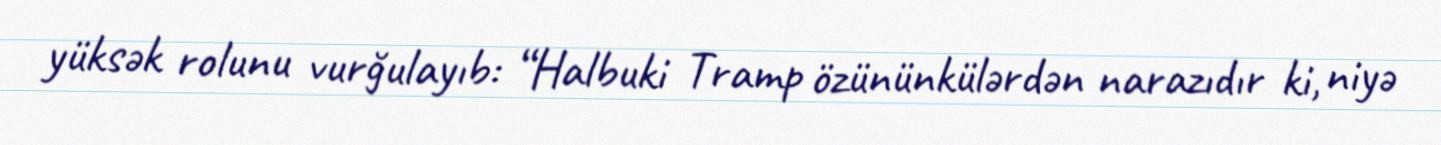
yüksək rolunu vurğulayıb: “Halbuki Tramp özününkülərdən narazıdır ki, niyə